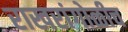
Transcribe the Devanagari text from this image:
राखरांगोळीच